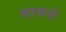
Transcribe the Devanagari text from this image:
वामनी